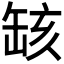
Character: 𦈲